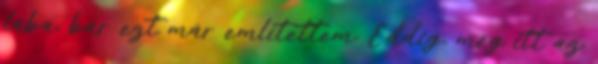
lába, bár ezt már említettem. Eddig, még itt az